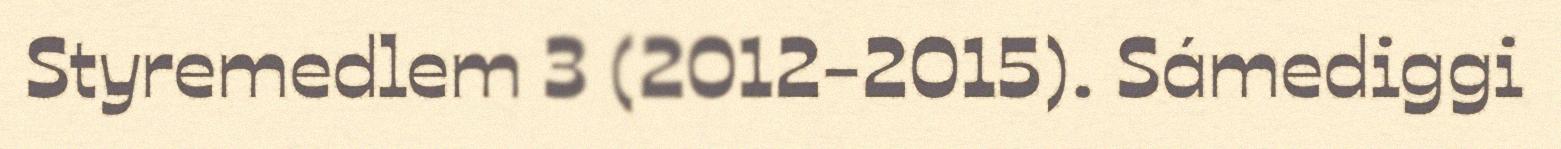
Styremedlem 3 (2012-2015). Sámediggi